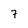
Character: 7